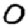
Digit: 0